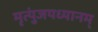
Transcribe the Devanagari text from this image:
मृत्युंजयध्यानम्‌